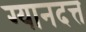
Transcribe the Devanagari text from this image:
ग्यानदत्त